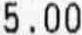
5.00